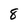
Character: 8